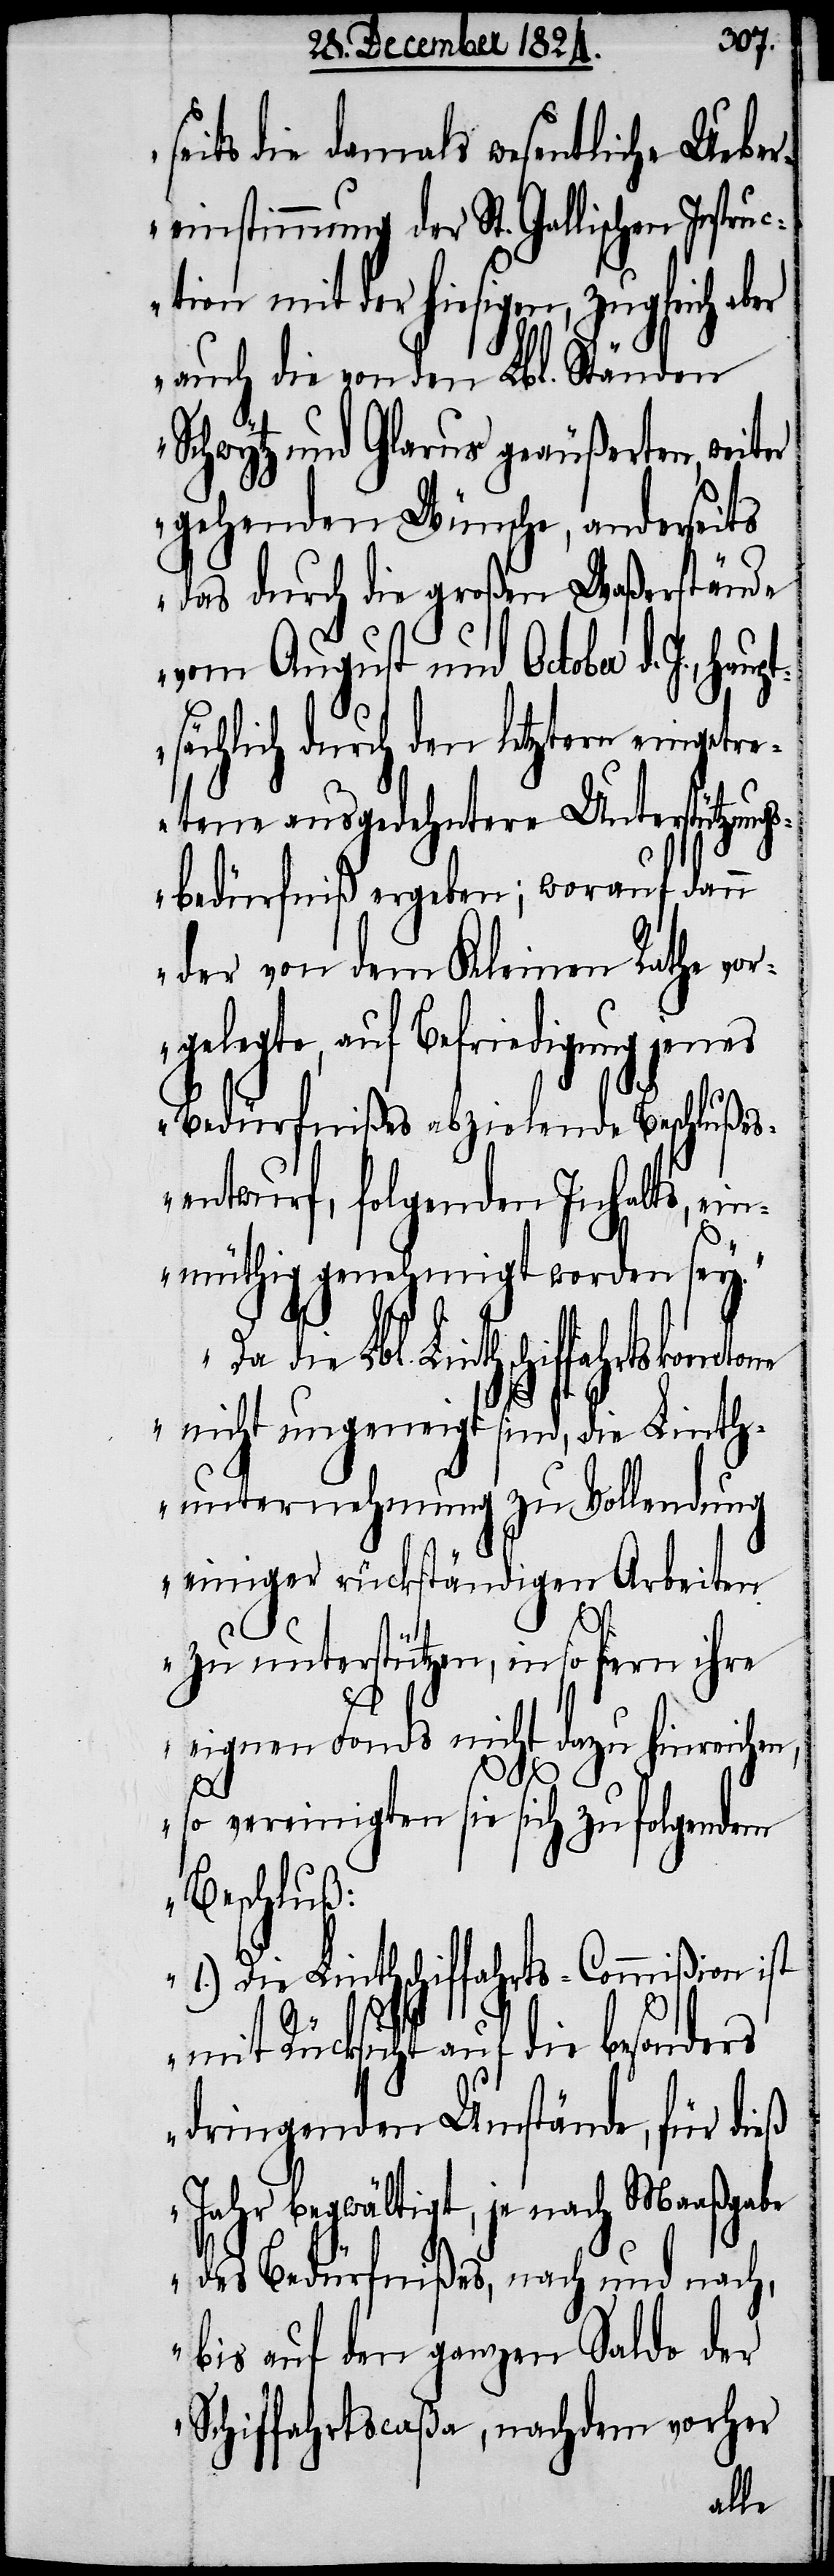
seits die damals wesentliche Ueber¬
einstimmung der St. Gallischen Instru¬
zu unterstützen, in so fern
auch die von den Lbl. Ständen
Schwytz und Glarus geäußerten, weiter
gehenden Wünsche, anderseits
das durch die großen Waßerstände
vom August und October d. J., h¬
sächlich durch den letztern eingetr¬
etene ausgedehntere Unterstützungs¬
bedürfniß ergeben; worauf dann
der von dem Kleinen Rathe vor¬
gelegte, auf Befriedigung jenes
Bedürfnißes abzielende Beschlußes¬
entwurf, folgenden Inhalts, ein¬
müthig genehmigt worden sey.
Lbl. Linthschiffahrtskantone
nicht ungeneigt sind, die Linth¬
unternehmung zu Vollendung
einiger rückständiger Arbeiten
eigenen Fonds nicht dazu hinreichen,
c¬
aupt¬
so vereinigten sie sich zu folgendem
Beschluß:
1.) Die Linthschiffahrts-Commißion ist
mit Rücksicht auf die besonders
dringenden Umstände, für dieß
Jahr begwältigt, je nach Maaßgabe
des Bedürfnißes, nach und nach,
bis auf den ganzen Saldo der
Schiffahrtscaßa, nachdem vorher